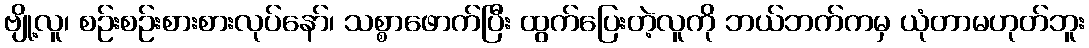
ဗျို့လူ၊ စဉ်းစဉ်းစားစားလုပ်နော်၊ သစ္စာဖောက်ပြီး ထွက်ပြေးတဲ့လူကို ဘယ်ဘက်ကမှ ယုံတာမဟုတ်ဘူး